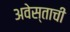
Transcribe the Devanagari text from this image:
अवेस्ताची